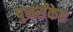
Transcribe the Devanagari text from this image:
पुनर्संकेत